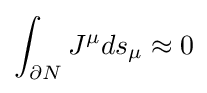
\int _{\partial N}J^{\mu }ds_{\mu }\approx 0